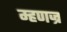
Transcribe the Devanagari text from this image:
म्हणज्र